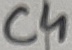
Text: C4